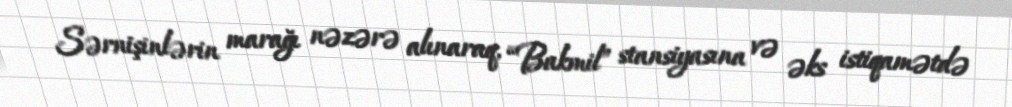
Sərnişinlərin marağı nəzərə alınaraq, “Bakmil” stansiyasına və əks istiqamətdə